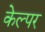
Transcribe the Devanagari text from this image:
केल्पर